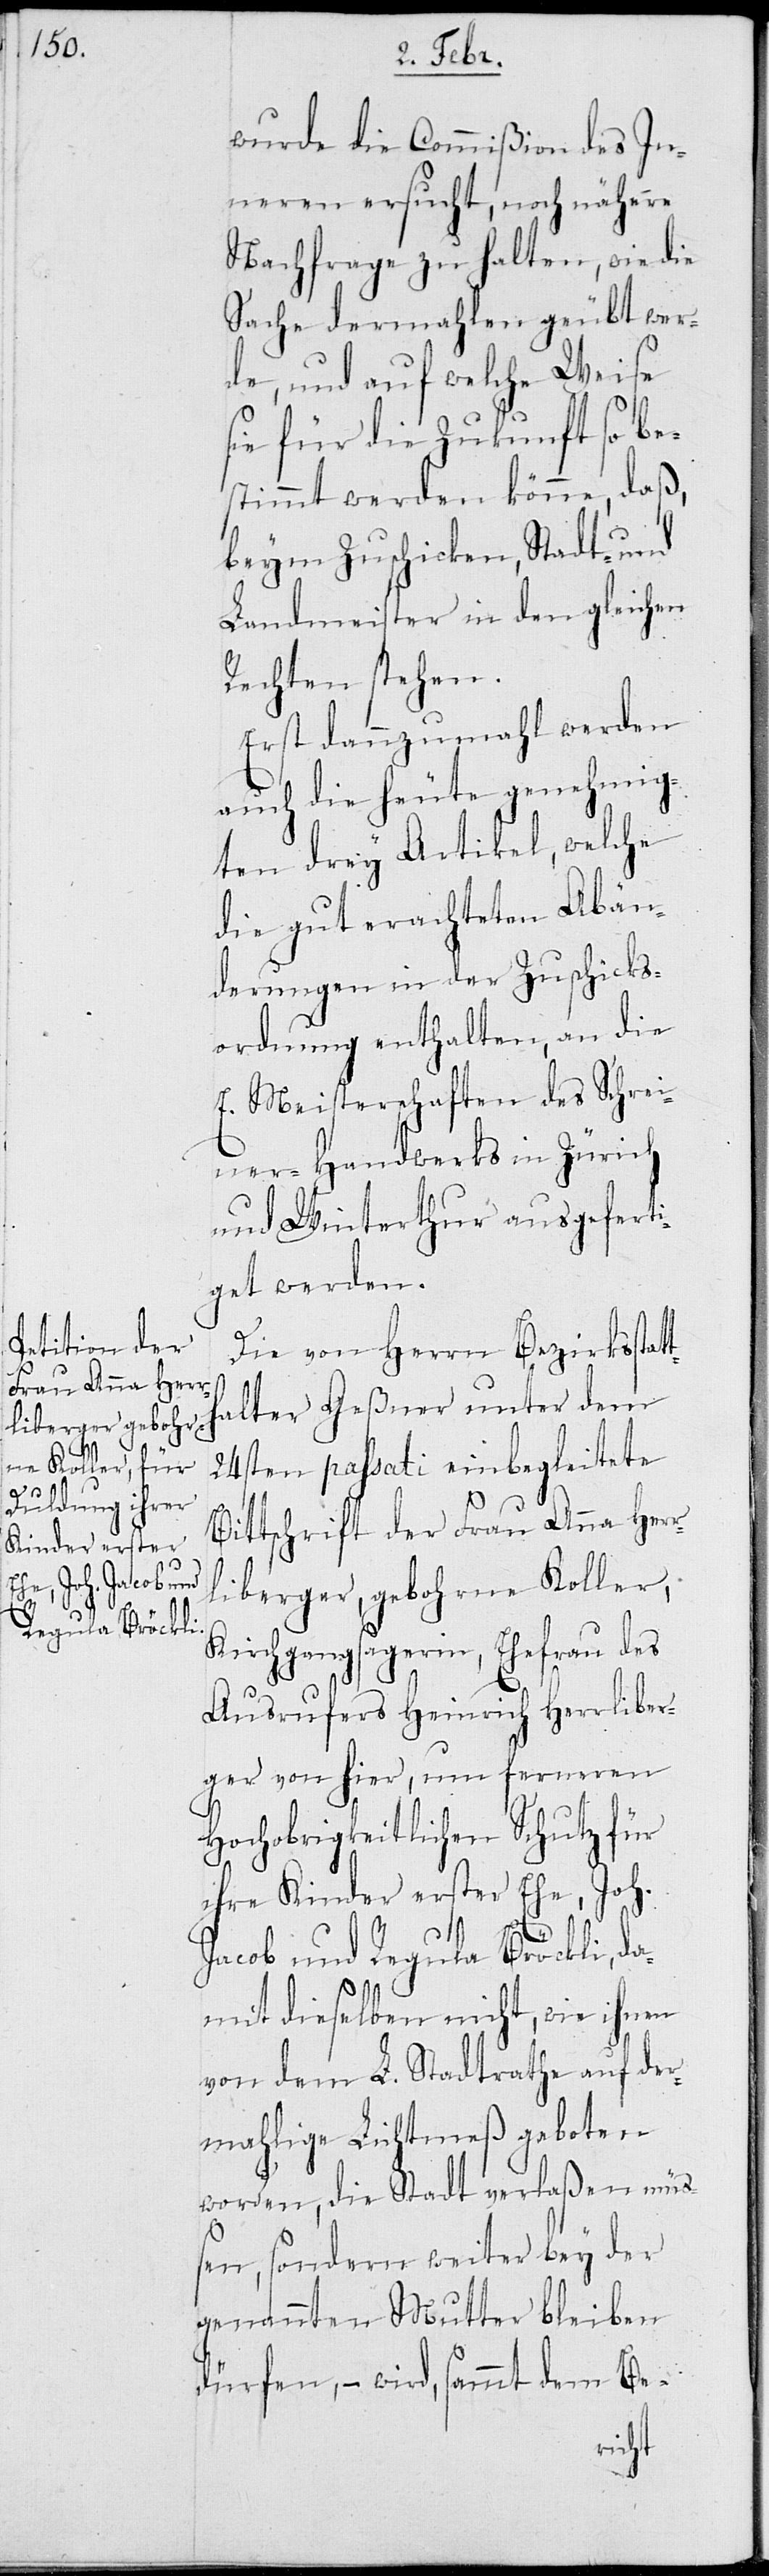
r¬

wurde die Commißion des In¬
neren ersucht, noch nähere
Nachfrage zu halten, wie die
Sache dermahlen geübt wer¬
de, und auf welche Weise
ie für die Zukunft so be¬
stimmt werden könne, daß,
beym Zuschicken, Stadt- und
Landmeister in den gleichen
Rechten stehen.
Erst dannzumahl werden
auch die heute genehmig¬
ten drey Artikel, welche
die gut erachteten Abän¬
derungen in der Zuschicks¬
ordnung enthalten, an die
E. Meisterschaften des Schrei¬
ners-Handwerks in Zürich
und Winterthur ausgefert¬
iget werden.
Die von Herrn Bezirksstat¬
thalter Geßner unter dem
24sten passati einbegleitete
Bittschrift der Frau Anna Her¬
liberger, gebohrne Koller,
Kirchgangsagerin, Ehefrau des
Ausrufers Heinrich Herrliber¬
ger von hier, um ferneren
Hochobrigkeitlichen Schutz für
ihre Kinder erster Ehe, Joh.
Jacob und Regula Bröckli, da¬
mit dieselben nicht, wie ihnen
von dem L. Stadtrathe auf der¬
mahlige Lichtmeß geboten
worden, die Stadt verlaßen müß¬
en, sondern weiter bey der
genannten Mutter bleiben
dürfen, – wird, sammt dem Be-